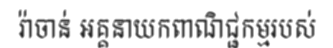
រ៉ាចាន់ អគ្គនាយកពាណិជ្ជកម្មរបស់